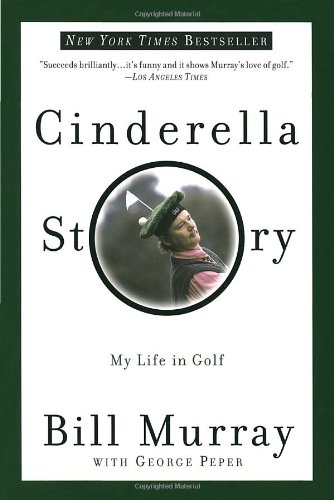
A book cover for Cinderella Story: My Life in Golf; Bill Murray; Humor & Entertainment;